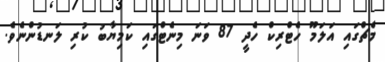
މެޗްގައި އަލަމޫ ހެޓްރިކް ހެދީ 87 ވަނަ މިނެޓްގައި ކަމިޔާބު ކުރި ލަނޑުންނެވެ.